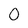
Character: 0